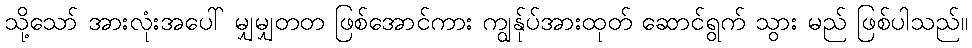
သို့သော် အားလုံးအပေါ် မျှမျှတတ ဖြစ်အောင်ကား ကျွန်ုပ်အားထုတ် ဆောင်ရွက် သွား မည် ဖြစ်ပါသည်။